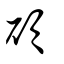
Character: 碩